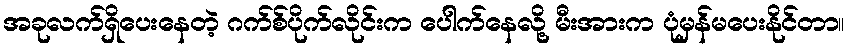
အခုလက်ရှိပေးနေတဲ့ ဂက်စ်ပိုက်လိုင်းက ပေါက်နေလို့ မီးအားက ပုံမှန်မပေးနိုင်တာ။